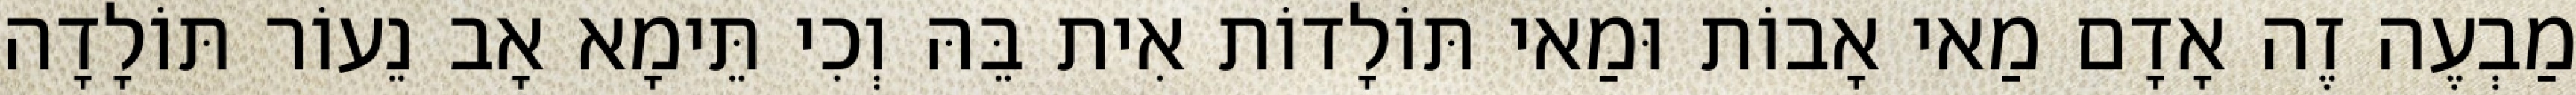
מַבְעֶה זֶה אָדָם מַאי אָבוֹת וּמַאי תּוֹלָדוֹת אִית בֵּהּ וְכִי תֵּימָא אָב נֵעוֹר תּוֹלָדָה